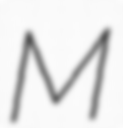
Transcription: M